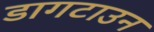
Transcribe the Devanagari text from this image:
डागटाउन